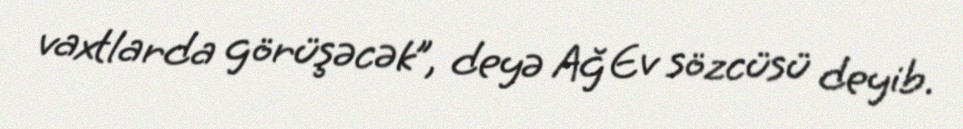
vaxtlarda görüşəcək”, deyə Ağ Ev sözcüsü deyib.